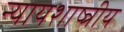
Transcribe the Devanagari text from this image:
न्यायशाष्त्रीय